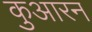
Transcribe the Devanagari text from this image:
कुआरन